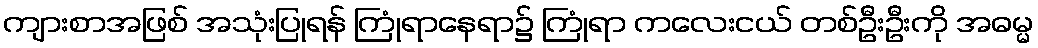
ကျားစာအဖြစ် အသုံးပြုရန် ကြုံရာနေရာ၌ ကြုံရာ ကလေးငယ် တစ်ဦးဦးကို အဓမ္မ